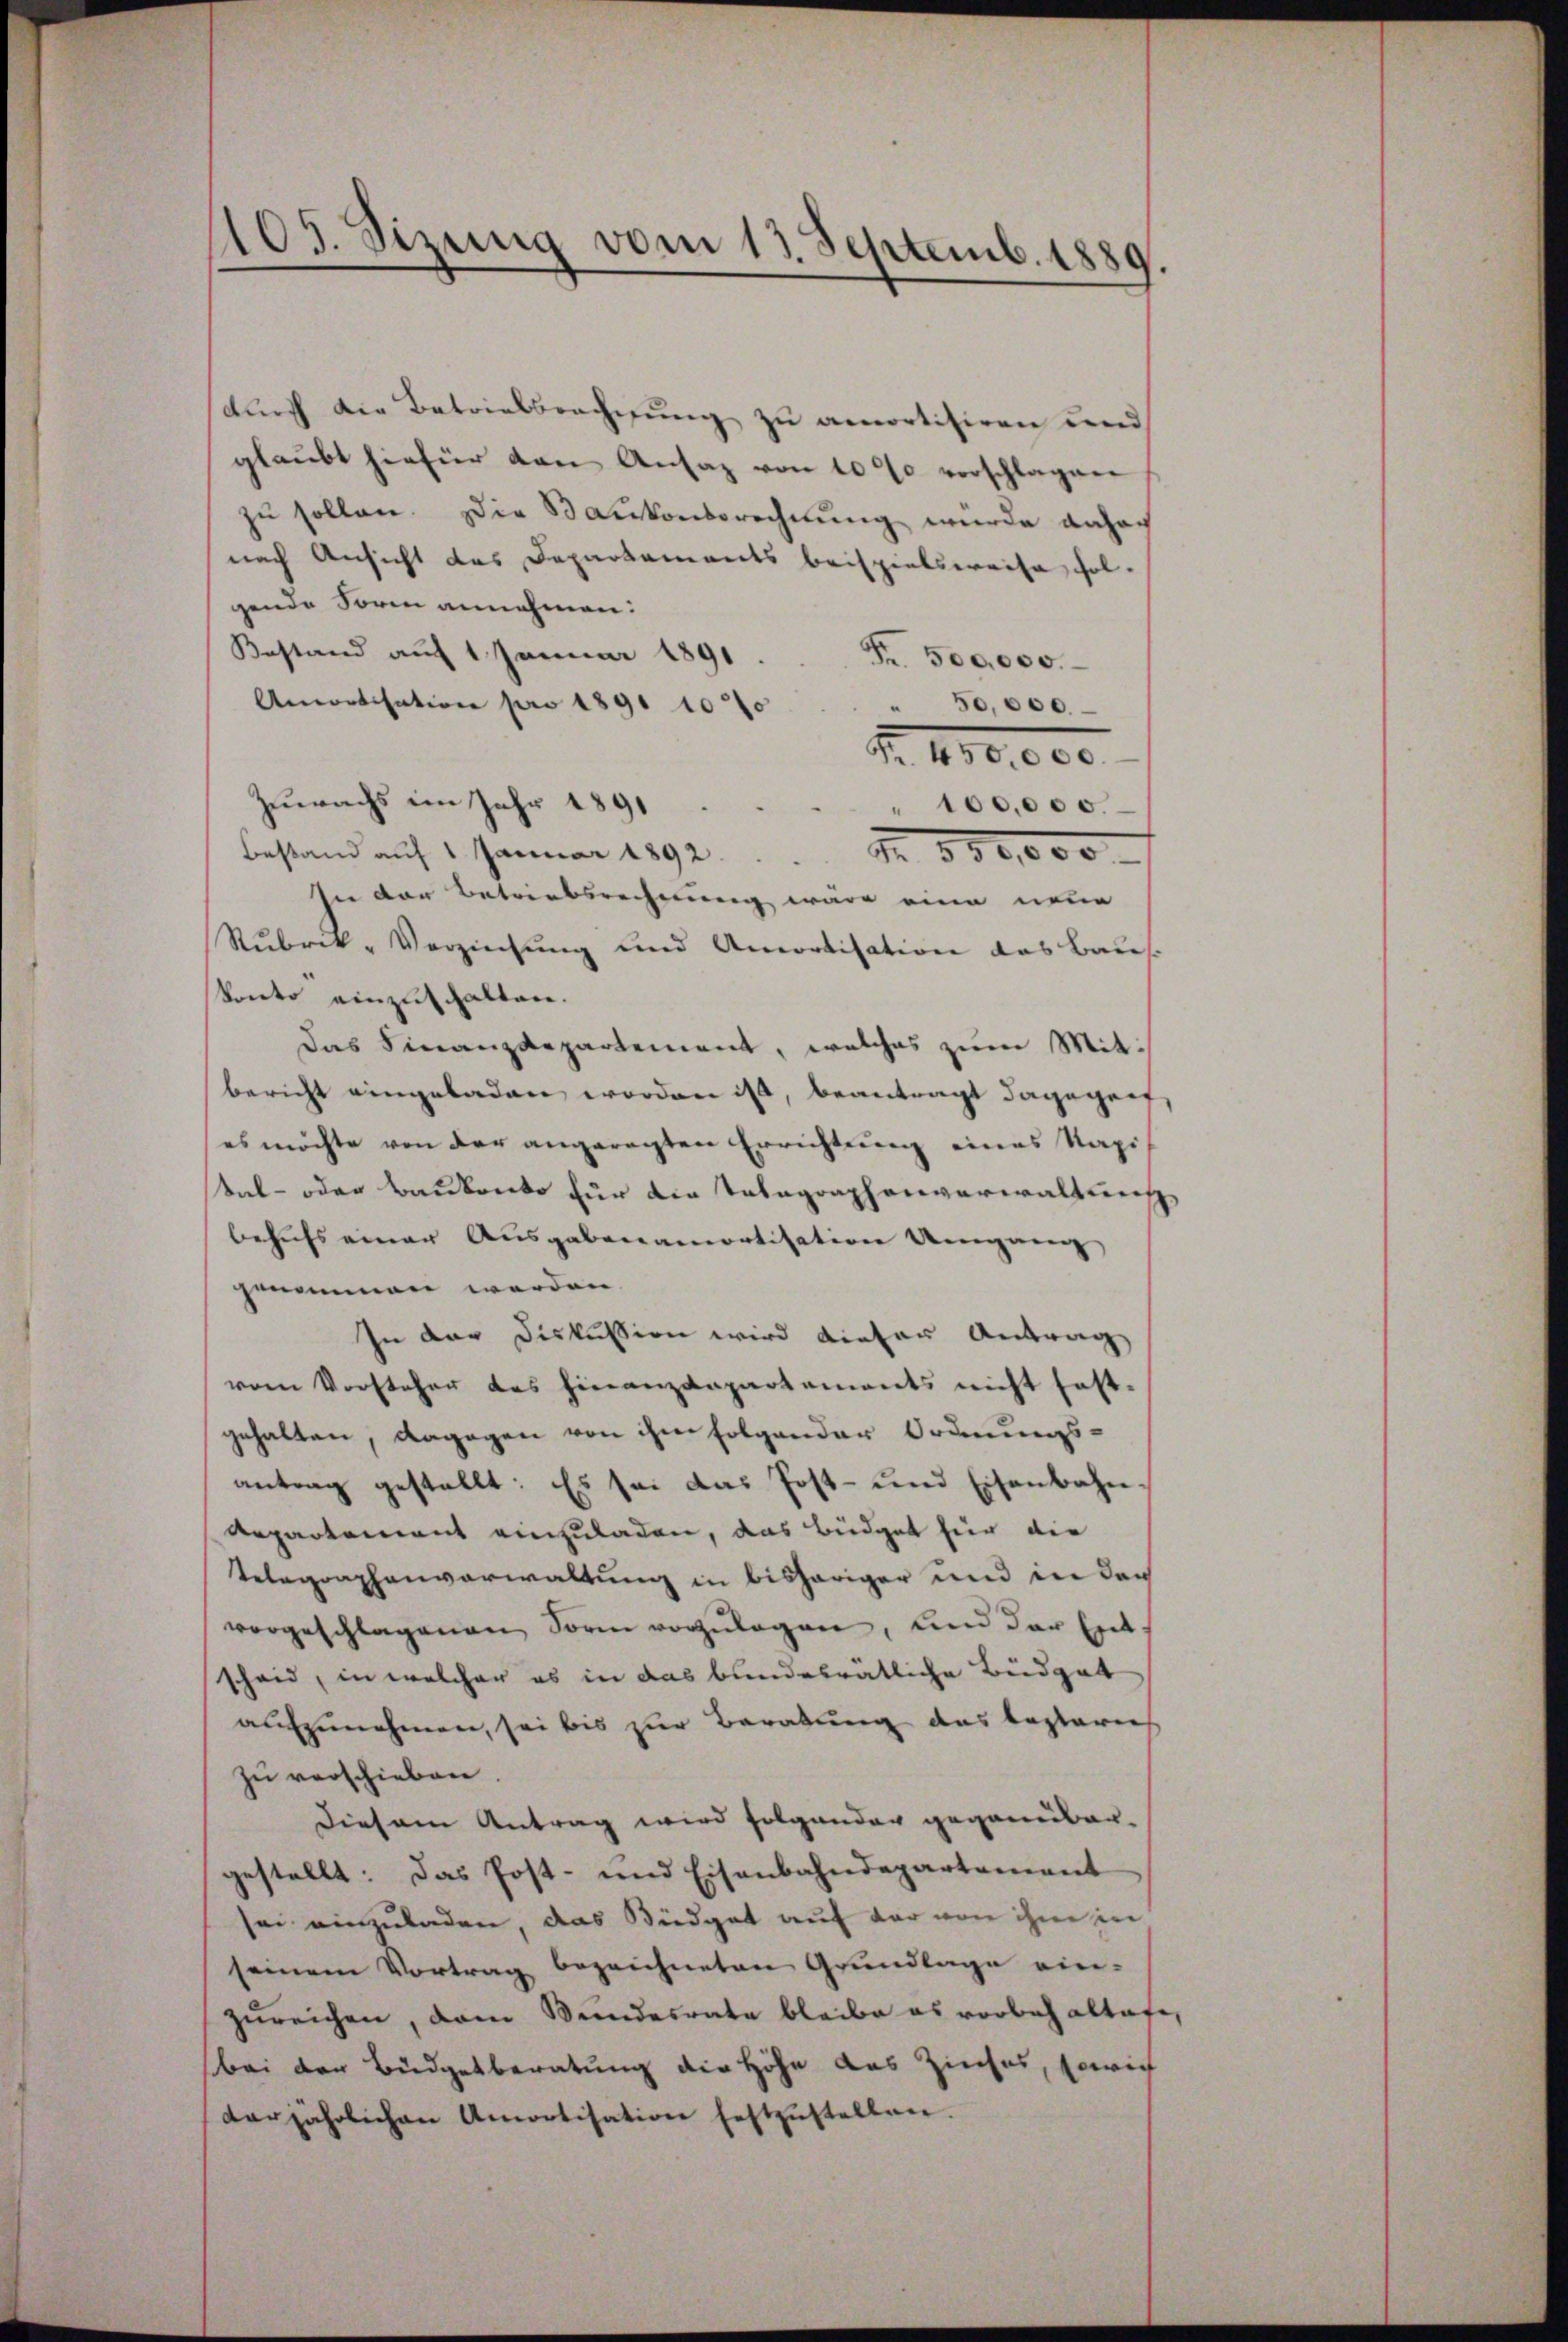
105. Sizung vom 13. Septemb. 1889

dŭrch die Betriebsrechnŭng zu amortisiren und
glaŭbt hiefür den Ansaz von 1000 vorschlagen
zu sollen. Die Kantonsrechnung wurde daher
nach Ansicht das Departaments beispielsweise fol-
gende Sorm annehmen:
Bestand auf 1 Januar 1891
Fr. 500,000.
Amortisation pro 1891 100
" 50,000.
F. III. 6000.
Zuwachs im Jahr 1891
" 100,000.
Bestand auf 1 Januar 1892.
M. 880,000.
In der Betriebsrechnung wäre eine neue
Rubrek-Verzinsung und Amortisation das Baus
konto einzuschalten.
Das Finanzdepartement, welches zum Mitbericht eingeladen worden ist, beantragt dagegen,
es möchte von der angeregten Errichtung eines Kapi-
tal- oder Baukonto für die Telegraphenverwaltung
behufs einer Ausgaben amortisation Umgang
genommen werden.
In der Diskussion wird dieser Antrag
vom Vorsteher das Finanzdepartements nicht fest-
gehalten, dagegen von ihm folgender Ordnungs-
antrag gestellt: Es sei das Post- und Eisenbahn¬
Repartement einzuladen, das Büdget für die
Telegraphenverwaltung in bisheriger und in der
vorgeschlagenen Form vorzŭlegen, und der Ent-
scheid, in welcher es in das bundesrätliche Büdget
aufzunehmen, sei bis zur Beratung das beglerich
zu verschieben.
Diesem Antrag wird folgender gegenüber-
gestellt: Das Post- und Eisenbahndepartement
sei einzuladen, das Büdget auf der von ihm in
seinem Vortrag bezeichneten Grundlage ein-
zureichen, dem Wundesrate bleibe es vorbehaltete,
bei der Büdgetberatung die Höhe das Zinses, sowie
derjährlichen Amortisation festzŭstellen.